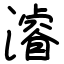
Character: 濬